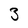
Character: 3